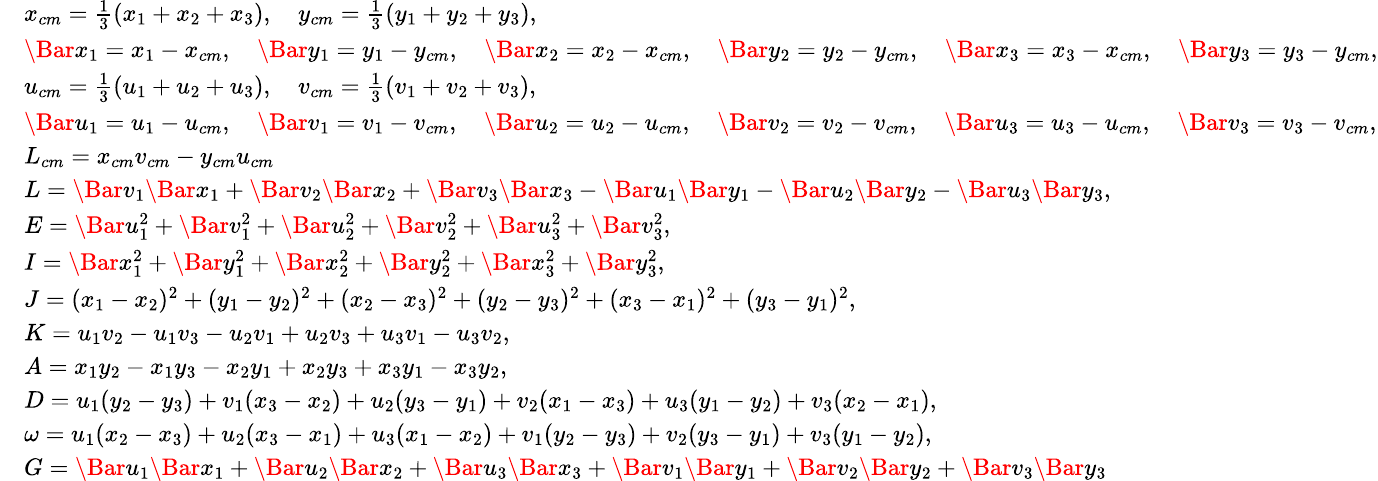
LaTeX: \small\begin{array}{rl}&{x_{cm}=\frac{1}{3}(x_{1}+x_{2}+x_{3}),\quad y_{cm}=\frac{1}{3}(y_{1}+y_{2}+y_{3}),}\\ &{\Bar{x}_{1}=x_{1}-x_{cm},\quad\Bar{y}_{1}=y_{1}-y_{cm},\quad\Bar{x}_{2}=x_{2}-x_{cm},\quad\Bar{y}_{2}=y_{2}-y_{cm},\quad\Bar{x}_{3}=x_{3}-x_{cm},\quad\Bar{y}_{3}=y_{3}-y_{cm},}\\ &{u_{cm}=\frac{1}{3}(u_{1}+u_{2}+u_{3}),\quad v_{cm}=\frac{1}{3}(v_{1}+v_{2}+v_{3}),}\\ &{\Bar{u}_{1}=u_{1}-u_{cm},\quad\Bar{v}_{1}=v_{1}-v_{cm},\quad\Bar{u}_{2}=u_{2}-u_{cm},\quad\Bar{v}_{2}=v_{2}-v_{cm},\quad\Bar{u}_{3}=u_{3}-u_{cm},\quad\Bar{v}_{3}=v_{3}-v_{cm},}\\ &{L_{cm}=x_{cm}v_{cm}-y_{cm}u_{cm}}\\ &{L=\Bar{v}_{1}\Bar{x}_{1}+\Bar{v}_{2}\Bar{x}_{2}+\Bar{v}_{3}\Bar{x}_{3}-\Bar{u}_{1}\Bar{y}_{1}-\Bar{u}_{2}\Bar{y}_{2}-\Bar{u}_{3}\Bar{y}_{3},}\\ &{E=\Bar{u}_{1}^{2}+\Bar{v}_{1}^{2}+\Bar{u}_{2}^{2}+\Bar{v}_{2}^{2}+\Bar{u}_{3}^{2}+\Bar{v}_{3}^{2},}\\ &{I=\Bar{x}_{1}^{2}+\Bar{y}_{1}^{2}+\Bar{x}_{2}^{2}+\Bar{y}_{2}^{2}+\Bar{x}_{3}^{2}+\Bar{y}_{3}^{2},}\\ &{J=(x_{1}-x_{2})^{2}+(y_{1}-y_{2})^{2}+(x_{2}-x_{3})^{2}+(y_{2}-y_{3})^{2}+(x_{3}-x_{1})^{2}+(y_{3}-y_{1})^{2},}\\ &{K=u_{1}v_{2}-u_{1}v_{3}-u_{2}v_{1}+u_{2}v_{3}+u_{3}v_{1}-u_{3}v_{2},}\\ &{A=x_{1}y_{2}-x_{1}y_{3}-x_{2}y_{1}+x_{2}y_{3}+x_{3}y_{1}-x_{3}y_{2},}\\ &{D=u_{1}(y_{2}-y_{3})+v_{1}(x_{3}-x_{2})+u_{2}(y_{3}-y_{1})+v_{2}(x_{1}-x_{3})+u_{3}(y_{1}-y_{2})+v_{3}(x_{2}-x_{1}),}\\ &{\omega=u_{1}(x_{2}-x_{3})+u_{2}(x_{3}-x_{1})+u_{3}(x_{1}-x_{2})+v_{1}(y_{2}-y_{3})+v_{2}(y_{3}-y_{1})+v_{3}(y_{1}-y_{2}),}\\ &{G=\Bar{u}_{1}\Bar{x}_{1}+\Bar{u}_{2}\Bar{x}_{2}+\Bar{u}_{3}\Bar{x}_{3}+\Bar{v}_{1}\Bar{y}_{1}+\Bar{v}_{2}\Bar{y}_{2}+\Bar{v}_{3}\Bar{y}_{3}}\end{array}